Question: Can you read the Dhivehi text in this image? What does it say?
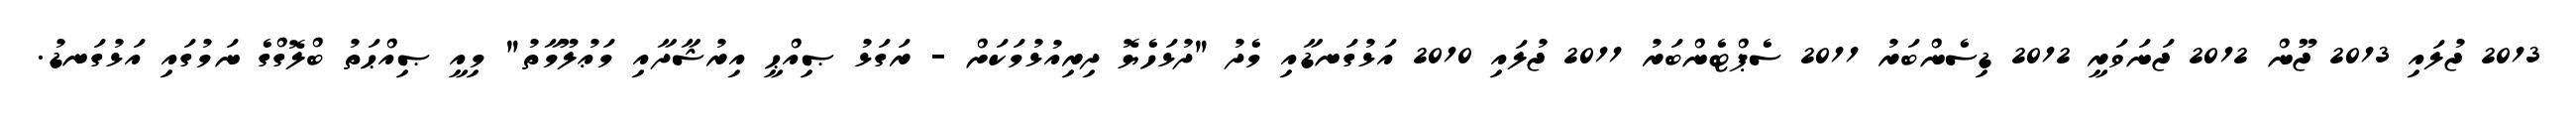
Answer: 2013 ޖުލައި 2013 ޖޫން 2012 ޖަނަވަރީ 2012 ޑިސެންބަރު 2011 ސެޕްޓެންބަރު 2011 ޖުލައި 2010 އަޅުގަނޑާއި މެދު "ދުޅަހެޔޮ ދިރިއުޅުމަކަށް - ރަގަޅު ޞިއްޙީ އިރުޝާދާއި މަޢުލޫމާތު" މިއީ ޞިއްޙަތު ބްލޮގްގެ ނަމުގައި އަޅުގަނޑު.